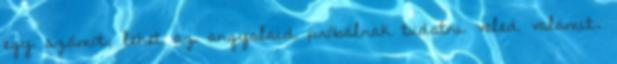
egy számot, lehet az angyalaid próbálnak tudatni veled valamit.